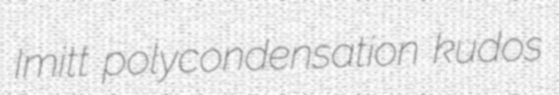
Imitt polycondensation kudos